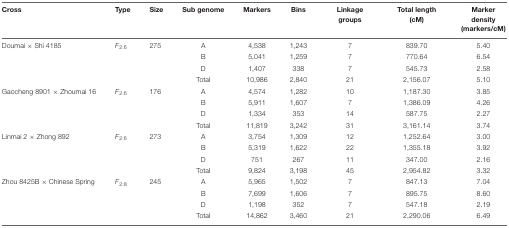
<table><thead><tr><td><b>Cross</b></td><td><b>Type</b></td><td><b>Size</b></td><td><b>Sub genome</b></td><td><b>Markers</b></td><td><b>Bins</b></td><td><b>Linkage groups</b></td><td><b>Total length (cM)</b></td><td><b>Marker density (markers/cM)</b></td></tr></thead><tbody><tr><td>Doumai × Shi 4185</td><td><i>F</i><sub>2:6</sub></td><td>275</td><td>A</td><td>4,538</td><td>1,243</td><td>7</td><td>839.70</td><td>5.40</td></tr><tr><td></td><td></td><td></td><td>B</td><td>5,041</td><td>1,259</td><td>7</td><td>770.64</td><td>6.54</td></tr><tr><td></td><td></td><td></td><td>D</td><td>1,407</td><td>338</td><td>7</td><td>545.73</td><td>2.58</td></tr><tr><td></td><td></td><td></td><td>Total</td><td>10,986</td><td>2,840</td><td>21</td><td>2,156.07</td><td>5.10</td></tr><tr><td>Gaocheng 8901 × Zhoumai 16</td><td><i>F</i><sub>2:6</sub></td><td>176</td><td>A</td><td>4,574</td><td>1,282</td><td>10</td><td>1,187.30</td><td>3.85</td></tr><tr><td></td><td></td><td></td><td>B</td><td>5,911</td><td>1,607</td><td>7</td><td>1,386.09</td><td>4.26</td></tr><tr><td></td><td></td><td></td><td>D</td><td>1,334</td><td>353</td><td>14</td><td>587.75</td><td>2.27</td></tr><tr><td></td><td></td><td></td><td>Total</td><td>11,819</td><td>3,242</td><td>31</td><td>3,161.14</td><td>3.74</td></tr><tr><td>Linmai 2 × Zhong 892</td><td><i>F</i><sub>2:6</sub></td><td>273</td><td>A</td><td>3,754</td><td>1,309</td><td>12</td><td>1,252.64</td><td>3.00</td></tr><tr><td></td><td></td><td></td><td>B</td><td>5,319</td><td>1,622</td><td>22</td><td>1,355.18</td><td>3.92</td></tr><tr><td></td><td></td><td></td><td>D</td><td>751</td><td>267</td><td>11</td><td>347.00</td><td>2.16</td></tr><tr><td></td><td></td><td></td><td>Total</td><td>9,824</td><td>3,198</td><td>45</td><td>2,954.82</td><td>3.32</td></tr><tr><td>Zhou 8425B × Chinese Spring</td><td><i>F</i><sub>2:8</sub></td><td>245</td><td>A</td><td>5,965</td><td>1,502</td><td>7</td><td>847.13</td><td>7.04</td></tr><tr><td></td><td></td><td></td><td>B</td><td>7,699</td><td>1,606</td><td>7</td><td>895.75</td><td>8.60</td></tr><tr><td></td><td></td><td></td><td>D</td><td>1,198</td><td>352</td><td>7</td><td>547.18</td><td>2.19</td></tr><tr><td></td><td></td><td></td><td>Total</td><td>14,862</td><td>3,460</td><td>21</td><td>2,290.06</td><td>6.49</td></tr></tbody></table>